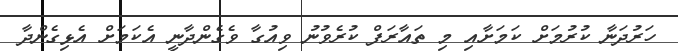
ހަރުދަނާ ކުރުމަށް ކަމަށާއި މި ތައާރަފް ކުރެވުނު ވިއުގާ ވެގެންދާނީ އެކަމަށް އެޅިގެންދާ